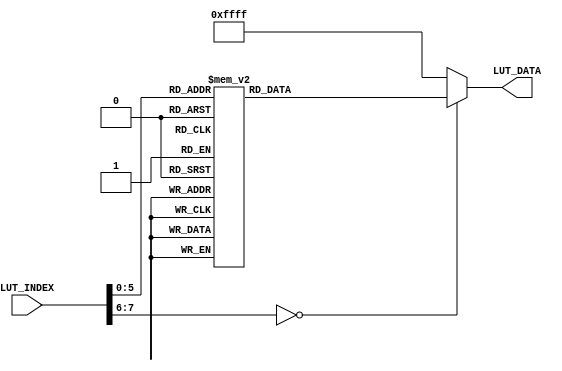
`timescale 1ns / 1ps
//////////////////////////////////////////////////////////////////////////////////
// Company: 
// Engineer: 
// 
// Design Name: 
// Module Name:    I2C_OV7670_RGB565_Config 
// Project Name: 
// Target Devices: 
// Tool versions: 
// Description: 
//
// Dependencies: 
//
// Revision: 
// Revision 0.01 - File Created
// Additional Comments: 
//
//////////////////////////////////////////////////////////////////////////////////
module I2C_OV7670_RGB565_Config(
			input		[7:0]	LUT_INDEX,
			output	reg	[15:0]	LUT_DATA
    );

/////////////////////	Config Data LUT	  //////////////////////////	
always@(*)
begin
	case(LUT_INDEX)
//	-- Powerup please!  reg_addr  value
	 0 	: 	LUT_DATA	= 	{8'h41, 8'h00};   //16'h4110; 	
// -- These valuse must be set as follows
	 1 	: 	LUT_DATA	= 	16'h9803;
	 2 	: 	LUT_DATA	= 	16'h9AE0;	
	 3 	: 	LUT_DATA	=	16'h9C30;	
	 4 	: 	LUT_DATA	= 	16'h9D61;	
	 5 	: 	LUT_DATA	= 	16'hA2A4;	
	 6 	: 	LUT_DATA	= 	16'hA3A4;	
	 7 	: 	LUT_DATA	= 	16'hE0D0;	
	 8 	: 	LUT_DATA	= 	16'h5512;	
	 9 	: 	LUT_DATA	= 	16'hF900;
//-- Input mode	 
	 10	: 	LUT_DATA	= 	16'h1506;  //input ID = 0x6 = 0110 = 8,10,12 bit YCbCr 4:2:2 (DDR with separate syncs) 
	 11	: 	LUT_DATA	= 	16'h4810;  // [4:3] = 01 = right justified 
	 12   : 	LUT_DATA	= 	16'h1637; // 0011_0111  OutputFormat = 4:4:4, 8 bit, style 2 , YCbCr 
	 13   : 	LUT_DATA	= 	16'h1700;	
	 14 : 	LUT_DATA	= 	16'hD03C;
//-- Output mode	 
	 15 : 	LUT_DATA	= 	16'hAF04;	
	 16 : 	LUT_DATA	= 	16'h4c04;	
	 17 : 	LUT_DATA	= 	16'h4000;
//-- Here is the YCrCb => RGB conversion, as per programming guide
//-- This is table 57 - HDTV YCbCr (16 to 255) to RGB (0 to 255)	 
// -- (Cr * A1       +      Y * A2       +     Cb * A3)/4096 +     A4    =  Red
	 18 : 	LUT_DATA	= 	16'h18E7;	
	 19 : 	LUT_DATA	= 	16'h1934;	
	 20 : 	LUT_DATA	= 	16'h1A04;
	 21 : 	LUT_DATA	= 	16'h1BAD;
	 22 : 	LUT_DATA	= 	16'h1C00;
	 23 : 	LUT_DATA	= 	16'h1D00;
	 24 : 	LUT_DATA	= 	16'h1E1C;
	 25 : 	LUT_DATA	= 	16'h1F1B;
//-- (Cr * B1  +      Y * B2       +     Cb * B3)/4096 +     B4    =  Green
	 26 : 	LUT_DATA	= 	16'h201D;
	 27 : 	LUT_DATA	= 	16'h21DC;
	 28 : 	LUT_DATA	= 	16'h2204;
	 29 : 	LUT_DATA	= 	16'h23AD;
	 30 : 	LUT_DATA	= 	16'h241F;
	 31 : 	LUT_DATA	= 	16'h2524;
	 32 : 	LUT_DATA	= 	16'h2601;
	 33 : 	LUT_DATA	= 	16'h2735;
//-- (Cr * C1   +      Y * C2       +     Cb * C3)/4096 +     C4    =  Blue
	 34 : 	LUT_DATA	= 	16'h2800;
	 35 : 	LUT_DATA	= 	16'h2900;
	 36 : 	LUT_DATA	= 	16'h2A04;
	 37 : 	LUT_DATA	= 	16'h2BAD;
	 38 : 	LUT_DATA	= 	16'h2C08;
	 39 : 	LUT_DATA	= 	16'h2D7C;
	 40 : 	LUT_DATA	= 	16'h2E1B;	
	 41 : 	LUT_DATA	= 	16'h2F77;	
//-- Extra space filled with FFFFs to signify end of data	 
	default:	LUT_DATA	=	16'hFFFF;
	endcase
end
endmodule